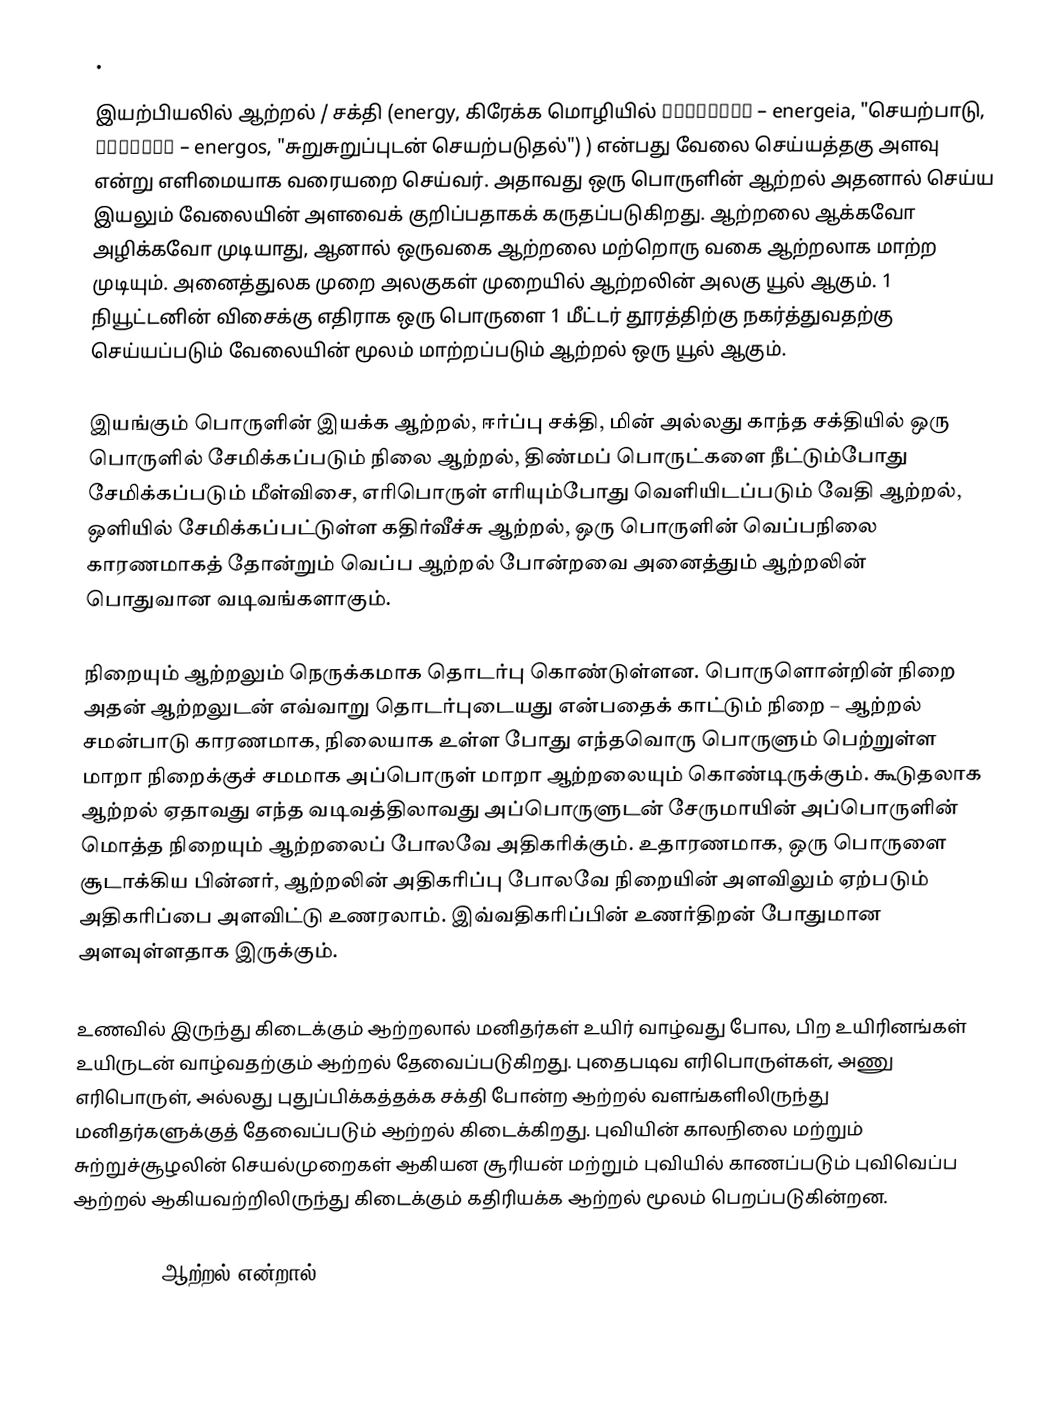
.

இயற்பியலில் ஆற்றல் / சக்தி (energy, கிரேக்க மொழியில் ἐνέργεια – energeia, "செயற்பாடு, ἐνεργός – energos, "சுறுசுறுப்புடன் செயற்படுதல்") ) என்பது வேலை செய்யத்தகு அளவு என்று எளிமையாக வரையறை செய்வர். அதாவது ஒரு பொருளின் ஆற்றல் அதனால் செய்ய இயலும் வேலையின் அளவைக் குறிப்பதாகக் கருதப்படுகிறது. ஆற்றலை ஆக்கவோ அழிக்கவோ முடியாது, ஆனால் ஒருவகை ஆற்றலை மற்றொரு வகை ஆற்றலாக மாற்ற முடியும். அனைத்துலக முறை அலகுகள் முறையில் ஆற்றலின் அலகு யூல் ஆகும். 1 நியூட்டனின் விசைக்கு  எதிராக ஒரு பொருளை 1 மீட்டர் தூரத்திற்கு நகர்த்துவதற்கு செய்யப்படும் வேலையின் மூலம்  மாற்றப்படும் ஆற்றல் ஒரு யூல் ஆகும்.

இயங்கும் பொருளின் இயக்க ஆற்றல், ஈர்ப்பு சக்தி, மின் அல்லது காந்த சக்தியில் ஒரு பொருளில் சேமிக்கப்படும் நிலை ஆற்றல், திண்மப் பொருட்களை நீட்டும்போது சேமிக்கப்படும் மீள்விசை, எரிபொருள் எரியும்போது வெளியிடப்படும் வேதி ஆற்றல், ஒளியில் சேமிக்கப்பட்டுள்ள கதிர்வீச்சு ஆற்றல், ஒரு பொருளின் வெப்பநிலை காரணமாகத் தோன்றும் வெப்ப ஆற்றல் போன்றவை அனைத்தும் ஆற்றலின் பொதுவான வடிவங்களாகும்.

நிறையும் ஆற்றலும் நெருக்கமாக தொடர்பு கொண்டுள்ளன. பொருளொன்றின் நிறை அதன் ஆற்றலுடன் எவ்வாறு தொடர்புடையது என்பதைக் காட்டும் நிறை – ஆற்றல் சமன்பாடு காரணமாக, நிலையாக உள்ள போது எந்தவொரு பொருளும் பெற்றுள்ள மாறா நிறைக்குச் சமமாக அப்பொருள் மாறா ஆற்றலையும் கொண்டிருக்கும். கூடுதலாக ஆற்றல் ஏதாவது எந்த வடிவத்திலாவது அப்பொருளுடன் சேருமாயின் அப்பொருளின் மொத்த நிறையும் ஆற்றலைப் போலவே அதிகரிக்கும். உதாரணமாக, ஒரு பொருளை சூடாக்கிய பின்னர், ஆற்றலின் அதிகரிப்பு போலவே நிறையின் அளவிலும் ஏற்படும் அதிகரிப்பை அளவிட்டு உணரலாம். இவ்வதிகரிப்பின் உணர்திறன் போதுமான அளவுள்ளதாக இருக்கும்.

உணவில் இருந்து கிடைக்கும் ஆற்றலால் மனிதர்கள் உயிர் வாழ்வது போல, பிற உயிரினங்கள் உயிருடன் வாழ்வதற்கும் ஆற்றல் தேவைப்படுகிறது. புதைபடிவ எரிபொருள்கள், அணு எரிபொருள், அல்லது புதுப்பிக்கத்தக்க சக்தி போன்ற ஆற்றல் வளங்களிலிருந்து மனிதர்களுக்குத் தேவைப்படும் ஆற்றல் கிடைக்கிறது. புவியின் காலநிலை மற்றும் சுற்றுச்சூழலின் செயல்முறைகள் ஆகியன சூரியன் மற்றும் புவியில் காணப்படும் புவிவெப்ப ஆற்றல் ஆகியவற்றிலிருந்து கிடைக்கும் கதிரியக்க ஆற்றல் மூலம் பெறப்படுகின்றன.

Parimaatru ஆற்றல் என்றால்